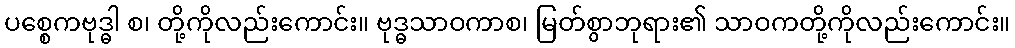
ပစ္စေကဗုဒ္ဓါ စ၊ တို့ကိုလည်းကောင်း။ ဗုဒ္ဓသာဝကာစ၊ မြတ်စွာဘုရား၏ သာဝကတို့ကိုလည်းကောင်း။